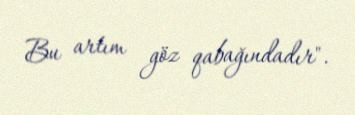
Bu artım göz qabağındadır".